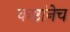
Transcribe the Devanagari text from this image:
कष्टांनेच